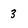
Character: 3